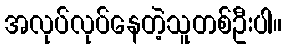
အလုပ်လုပ်နေတဲ့သူတစ်ဦးပါ။